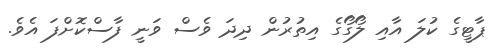
ޕާޓީގެ ކުލަ އާއި ލޯގޯގެ އިތުރުން ދިދަ ވެސް ވަނީ ފާސްކޮށްފަ އެވެ.